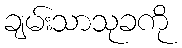
ချမ်းသာသုခကို